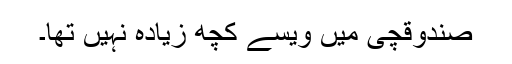
صندوقچی میں ویسے کچھ زیادہ نہیں تھا۔